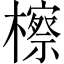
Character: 檫